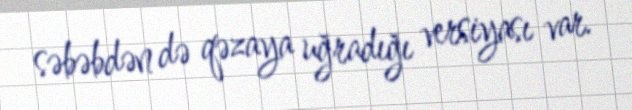
səbəbdən də qəzaya uğradığı versiyası var.